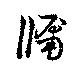
牖